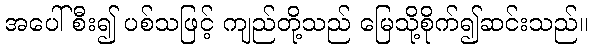
အပေါ်စီး၍ ပစ်သဖြင့် ကျည်တို့သည် မြေသို့စိုက်၍ဆင်းသည်။